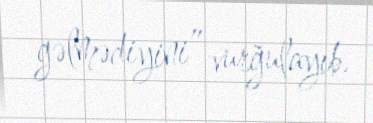
gəlmədiyini” vurğulayıb.